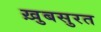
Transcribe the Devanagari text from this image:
ख़ुबसुरत